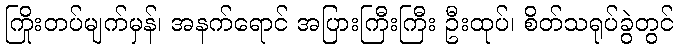
ကြိုးတပ်မျက်မှန်၊ အနက်ရောင် အပြားကြီးကြီး ဦးထုပ်၊ စိတ်သရုပ်ခွဲတွင်